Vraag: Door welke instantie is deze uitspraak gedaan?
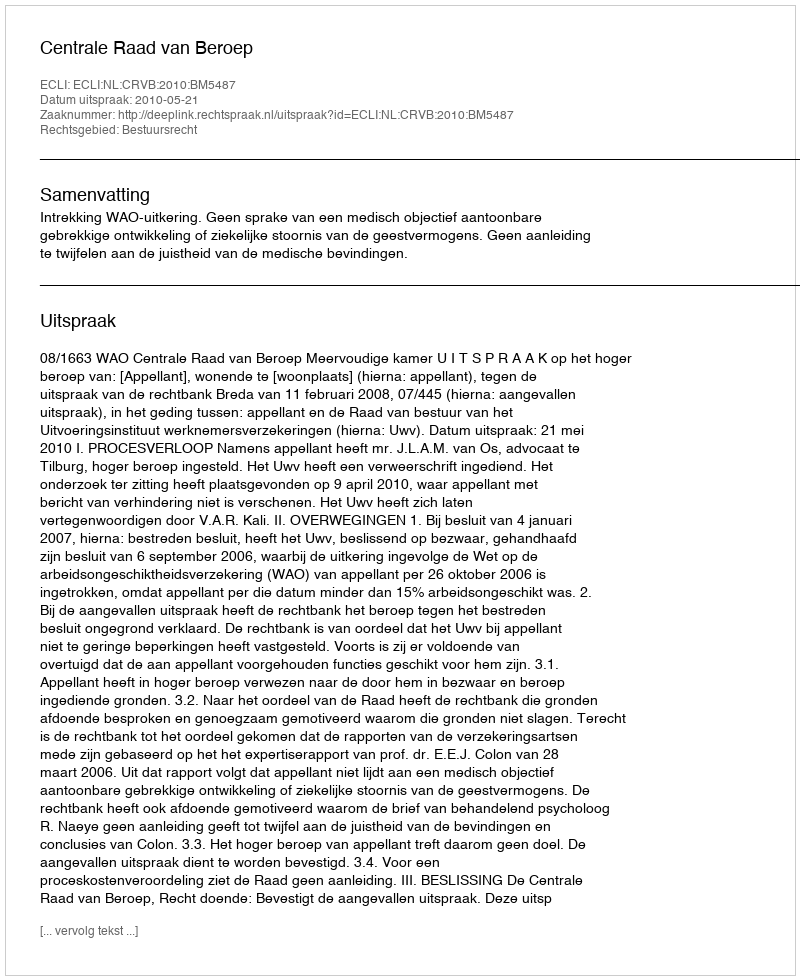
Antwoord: Centrale Raad van Beroep